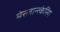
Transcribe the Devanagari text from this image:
मेस्लान्त्केरिंग